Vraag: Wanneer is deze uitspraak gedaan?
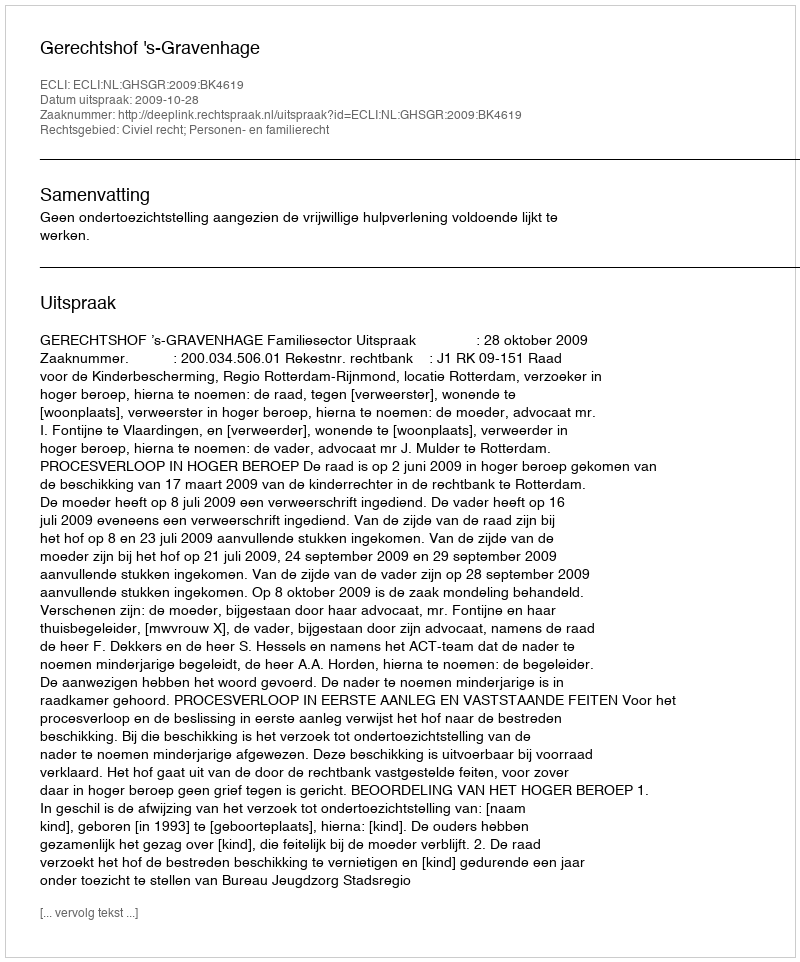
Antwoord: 2009-10-28